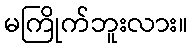
မကြိုက်ဘူးလား။